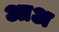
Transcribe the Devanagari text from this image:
आअ